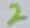
Text: 2